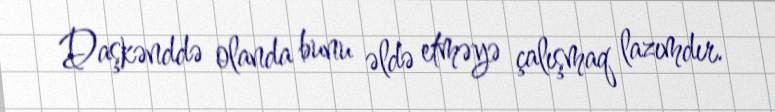
Daşkənddə olanda bunu əldə etməyə çalışmaq lazımdır.